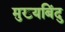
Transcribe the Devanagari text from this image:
मुख्यबिंदु